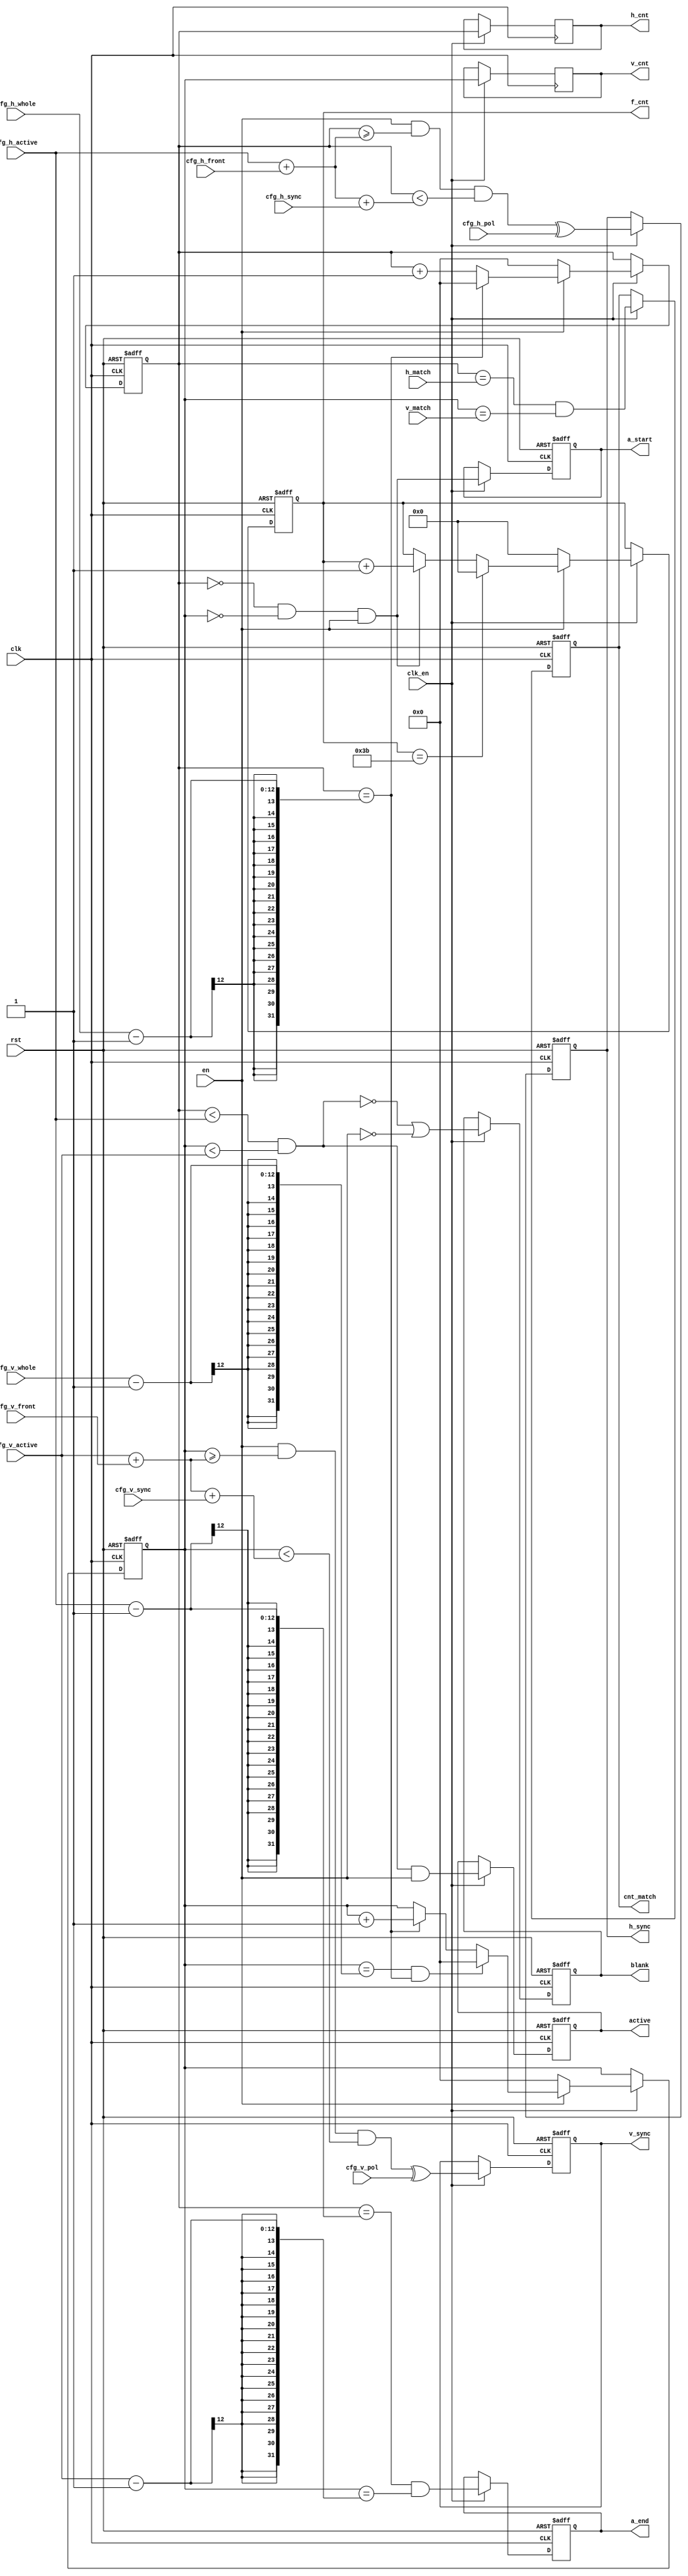
// video_sync_gen.v
// generates video sync signals and counters
// 2020, Rok Krajnc <rok.krajnc@gmail.com>


module video_sync_gen #(
  parameter HCW         = 12,         // horizontal counter width
  parameter VCW         = 12,         // vertical counter width
  parameter F_CNT       = 60          // number of frames in a second
)(
  // system
  input  wire           clk,          // clock
  input  wire           clk_en,       // clock enable
  input  wire           rst,          // reset
  // config inputs
  input  wire           en,           // enable counters
  input  wire [HCW-1:0] h_match,      // horizontal counter match compare value
  input  wire [VCW-1:0] v_match,      // vertical counter match compare value
  // video sync config
  input  wire           cfg_h_pol,    // horizontal sync polarity (0=positive, 1=negative)
  input  wire [HCW-1:0] cfg_h_sync,   // sync pulse width in pixels
  input  wire [HCW-1:0] cfg_h_active, // active time width in pixels, actual width is 646px with border
  input  wire [HCW-1:0] cfg_h_front,  // front porch width in pixels + added 3 pixels for active 'border'
  input  wire [HCW-1:0] cfg_h_whole,  // whole line width in pixels
  input  wire           cfg_v_pol,    // vertical sync polarity ((0=positive, 1=negative)
  input  wire [VCW-1:0] cfg_v_sync,   // sync pulse width in lines
  input  wire [VCW-1:0] cfg_v_active, // active time width in lines, acutal width is 484px with border
  input  wire [VCW-1:0] cfg_v_front,  // front porch width in lines + added 2 lines for active 'border'
  input  wire [VCW-1:0] cfg_v_whole,  // whole frame width in lines
  // pixel counters
  output reg  [HCW-1:0] h_cnt,        // horizontal counter
  output reg  [VCW-1:0] v_cnt,        // vertical counter
  // status
  output reg            cnt_match,    // position match
  output reg            active,       // active output (otherwise border)
  output reg            blank,        // blank output (otherwise active)
  output reg            a_start,      // active start (x==0 && y==0)
  output reg            a_end,        // active end ((x==H_ACTIVE-1 && y==V_ACTIVE-1)
  output reg  [  7-1:0] f_cnt,        // frame counter (resets for every second)
  // VGA outputs
  output reg            h_sync,       // horizontal sync signal
  output reg            v_sync        // vertical sync signal
);


//// horizontal counter ////
reg [HCW-1:0] h_cnt_r=0;

always @ (posedge clk, posedge rst) begin
  if (rst)
    h_cnt_r <= #1 'd0;
  else if (clk_en) begin
    if (!en)
      h_cnt_r <= #1 'd0;
    else if (h_cnt_r == (cfg_h_whole-1))
      h_cnt_r <= #1 'd0;
    else
      h_cnt_r <= #1 h_cnt_r + {{(HCW-1){1'b0}}, 1'b1};
  end
end

always @ (posedge clk) begin
  if (clk_en) h_cnt <= #1 h_cnt_r;
end


//// vertical counter ////
reg [VCW-1:0] v_cnt_r;

always @ (posedge clk, posedge rst) begin
  if (rst)
    v_cnt_r <= #1 'd0;
  else if (clk_en) begin
    if (!en)
      v_cnt_r <= #1 'd0;
    else if ((v_cnt_r == (cfg_v_whole-1)) && (h_cnt_r == (cfg_h_whole-1)))
      v_cnt_r <= #1 'd0;
    else if (h_cnt_r == (cfg_h_whole-1))
      v_cnt_r <= #1 v_cnt_r + {{(VCW-1){1'b0}}, 1'b1};
  end
end

always @ (posedge clk) begin
  if (clk_en) v_cnt <= #1 v_cnt_r;
end


//// count match register ////
always @ (posedge clk, posedge rst) begin
  if (rst)
    cnt_match <= #1 1'b0;
  else if (clk_en)
    cnt_match <= #1 (h_cnt_r == h_match) && (v_cnt_r == v_match);
end


//// active & blank registers ////
always @ (posedge clk, posedge rst) begin
  if (rst) begin
    active <= #1 1'b0;
    blank  <= #1 1'b0;
  end else if (clk_en) begin
    active <= #1   (h_cnt_r < cfg_h_active) && (v_cnt_r < cfg_v_active) && en;
    blank  <= #1 !((h_cnt_r < cfg_h_active) && (v_cnt_r < cfg_v_active)) || !en;
  end
end


//// active start/end ////
always @ (posedge clk, posedge rst) begin
  if (rst) begin
    a_start = #1 1'b0;
    a_end   = #1 1'b0;
  end else if (clk_en) begin
    a_start = #1 (h_cnt_r == 'd0) && (v_cnt_r == 'd0) && en;
    a_end   = #1 (h_cnt_r == (cfg_h_active-1)) && (v_cnt_r == (cfg_v_active-1));
  end
end


//// frame counter ////
always @ (posedge clk, posedge rst) begin
  if (rst) begin
    f_cnt <= #1 {7{1'b0}};
  end else if (clk_en) begin
    if (!en)
      f_cnt <= #1 {7{1'b0}};
    else if (f_cnt == (F_CNT-1))
      f_cnt <= #1 {7{1'b0}};
    else if ((v_cnt_r == 'd0) && (h_cnt_r == 'd0) && en)
      f_cnt <= #1 f_cnt + 'd1;
  end
end


//// sync signals ////
always @ (posedge clk, posedge rst) begin
  if (rst) begin
    h_sync <= #1 1'b0;
    v_sync <= #1 1'b0;
  end else if (clk_en) begin
    h_sync <= #1 (en && (h_cnt_r >= (cfg_h_active+cfg_h_front)) && (h_cnt_r < (cfg_h_active+cfg_h_front+cfg_h_sync))) ^ cfg_h_pol;
    v_sync <= #1 (en && (v_cnt_r >= (cfg_v_active+cfg_v_front)) && (v_cnt_r < (cfg_v_active+cfg_v_front+cfg_v_sync))) ^ cfg_v_pol;
  end
end


endmodule